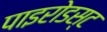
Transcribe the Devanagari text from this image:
पाइरोडस्ट